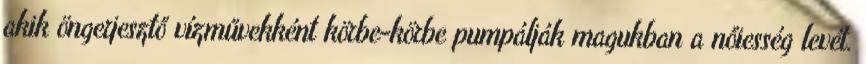
akik öngerjesztő vízművekként körbe-körbe pumpálják magukban a nőiesség levét.